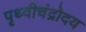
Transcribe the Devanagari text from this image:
पृथ्वीचंद्रोदय